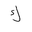
Letter: _kaf